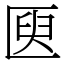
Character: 㔱